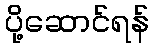
ပို့ဆောင်ရန်